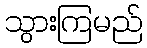
သွားကြမည်